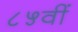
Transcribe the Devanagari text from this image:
८५वीं